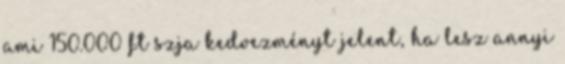
ami 150.000 ft szja kedvezményt jelent, ha lesz annyi